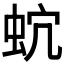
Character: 𧉡